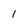
Character: l